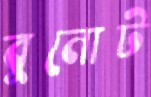
বুনোট